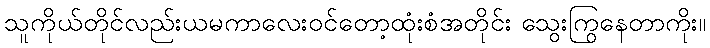
သူကိုယ်တိုင်လည်းယမကာလေးဝင်တော့ထုံးစံအတိုင်း သွေးကြွနေတာကိုး။